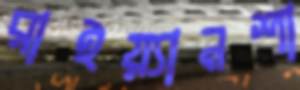
রাইয়্যানশা